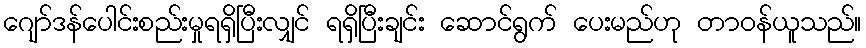
ဂျော်ဒန်ပေါင်းစည်းမှုရရှိပြီးလျှင် ရရှိပြီးချင်း ဆောင်ရွက် ပေးမည်ဟု တာဝန်ယူသည်။